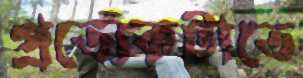
প্রত্যেকটাতে